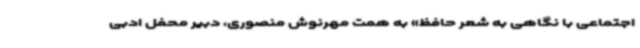
اجتماعی با نگاهی به شعر حافظ» به همت مهرنوش منصوری، دبیر محفل ادبی